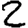
Digit: 2